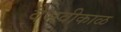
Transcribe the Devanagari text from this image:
वैभवीकाळ